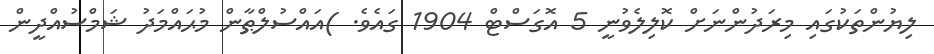
ލިޔުންތަކުގައި މިރަދުންނަށް ކޮލިލެވުނީ 5 އޮގަސްޓް 1904 ގައެވެ. )އައްސުލްޠާން މުޙައްމަދު ޝަމްސުއްދީން